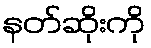
နတ်ဆိုးကို